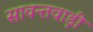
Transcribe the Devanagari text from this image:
सावन्तवाड़ी